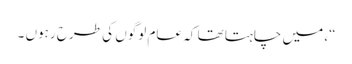
“، میں چاہتا تھا کہ عام لوگوں کی طرح رہوں ۔